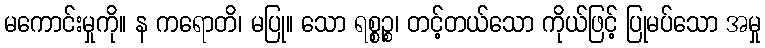
မကောင်းမှုကို။ န ကရောတိ၊ မပြု။ သော ရစ္စဉ္စ၊ တင့်တယ်သော ကိုယ်ဖြင့် ပြုမပ်သော အမှု